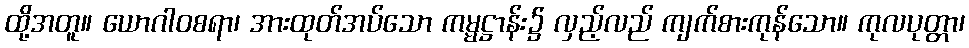
ထို့အတူ။ ယောဂါဝစရာ၊ အားထုတ်အပ်သော ကမ္မဋ္ဌာန်း၌ လှည့်လည် ကျက်စားကုန်သော။ ကုလပုတ္တာ၊